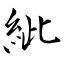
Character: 紪